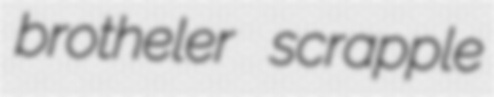
brotheler scrapple